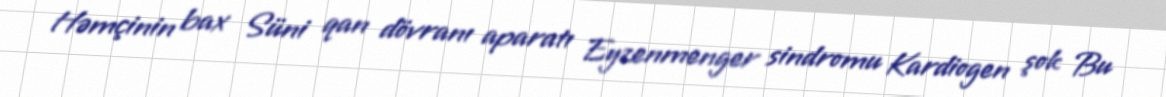
Həmçinin bax Süni qan dövranı aparatı Eyzenmenger sindromu Kardiogen şok Bu